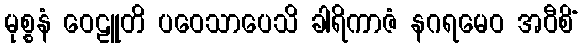
မုစ္စနံ ဝေဠူတိ ပဝေသာပေသိ ခါရိကာဇံ နဂရမေဝ အဝီစိံ